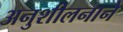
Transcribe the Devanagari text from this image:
अनुशीलनाने